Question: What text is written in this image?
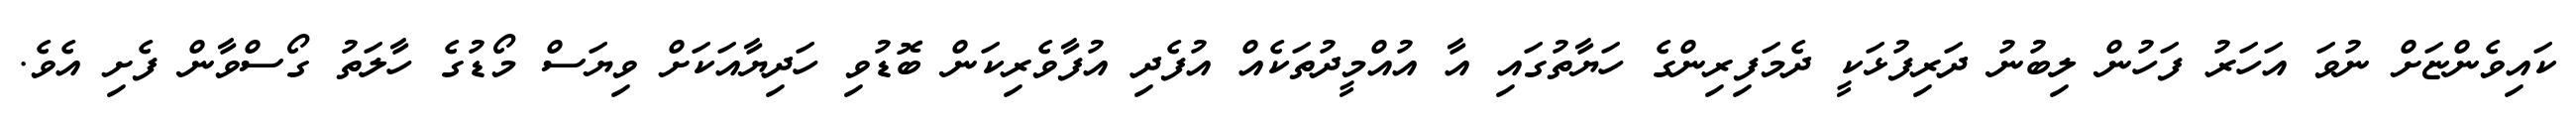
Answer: ކައިވެންޏަށް ނުވަ އަހަރު ފަހުން ލިބުނު ދަރިފުޅަކީ ދެމަފިރިންގެ ހަޔާތުގައި އާ އުއްމީދުތަކެއް އުފެދި އުފާވެރިކަން ބޮޑުވި ހަދިޔާއަކަށް ވިޔަސް މޯޑުގެ ހާލަތު ގޯސްވާން ފެށި އެވެ.